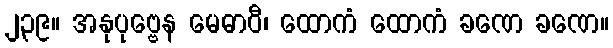
၂၃၉။ အနုပုဗ္ဗေန မေဓာဝီ၊ ထောကံ ထောကံ ခဏေ ခဏေ။